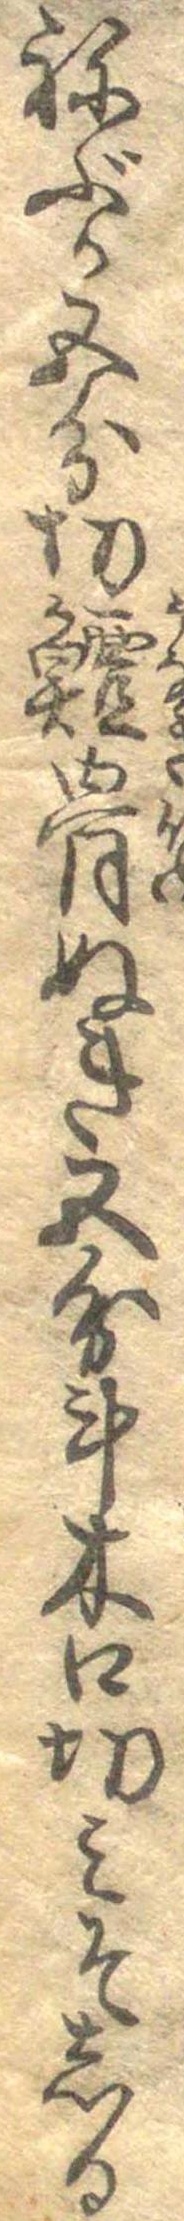
ねぶか五分切鱣骨ぬき五分計木口切みそしる